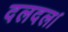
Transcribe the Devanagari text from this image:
दलदल।